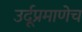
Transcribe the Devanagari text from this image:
उर्दूप्रमाणेच